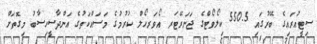
ސިޓީއުރައިގެ ބޭރުގައި 550.5 ކިލޯވޯޓްގެ ޖަނަރޭޓަރ އޯވަރހޯލް ކުރުމުގެ މަސައްކަތުގެ އަންދާސީހިސާބު މިގޮތަށް